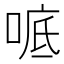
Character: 𫪭